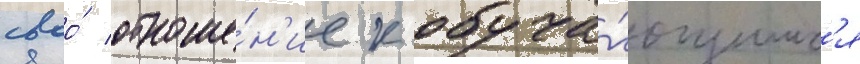
своо́ отноше́н'ие к обуча́ющимс'я